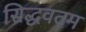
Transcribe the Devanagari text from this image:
सिद्धवतम